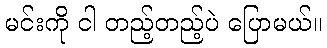
မင်းကို ငါ တည့်တည့်ပဲ ပြောမယ်။